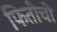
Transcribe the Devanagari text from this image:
फितीची